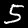
Label: 5